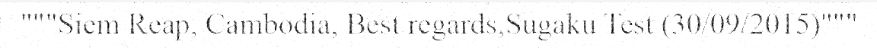
"""Siem Reap, Cambodia, Best regards,Sugaku Test (30/09/2015)"""